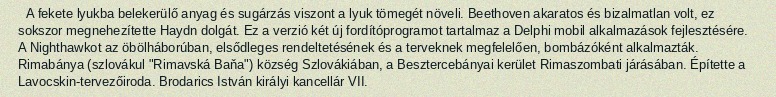
A fekete lyukba belekerülő anyag és sugárzás viszont a lyuk tömegét növeli. Beethoven akaratos és bizalmatlan volt, ez sokszor megnehezítette Haydn dolgát. Ez a verzió két új fordítóprogramot tartalmaz a Delphi mobil alkalmazások fejlesztésére. A Nighthawkot az öbölháborúban, elsődleges rendeltetésének és a terveknek megfelelően, bombázóként alkalmazták. Rimabánya (szlovákul "Rimavská Baňa") község Szlovákiában, a Besztercebányai kerület Rimaszombati járásában. Építette a Lavocskin-tervezőiroda. Brodarics István királyi kancellár VII.